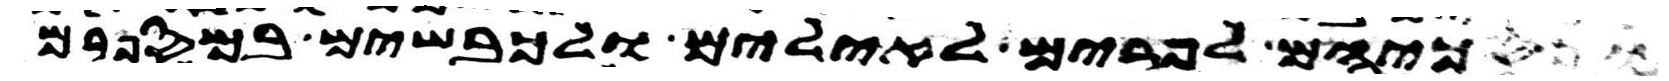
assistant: ונסכיהם לפרים לאילים ולכבשים במספרם